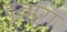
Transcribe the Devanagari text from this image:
द्‍वारा